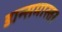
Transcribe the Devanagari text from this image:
डान्समास्तर